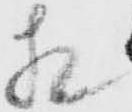
相